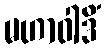
မဟာဝါဒိံ